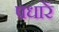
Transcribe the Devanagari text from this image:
पधारें